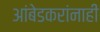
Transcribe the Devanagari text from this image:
आंबेडकरांनाही